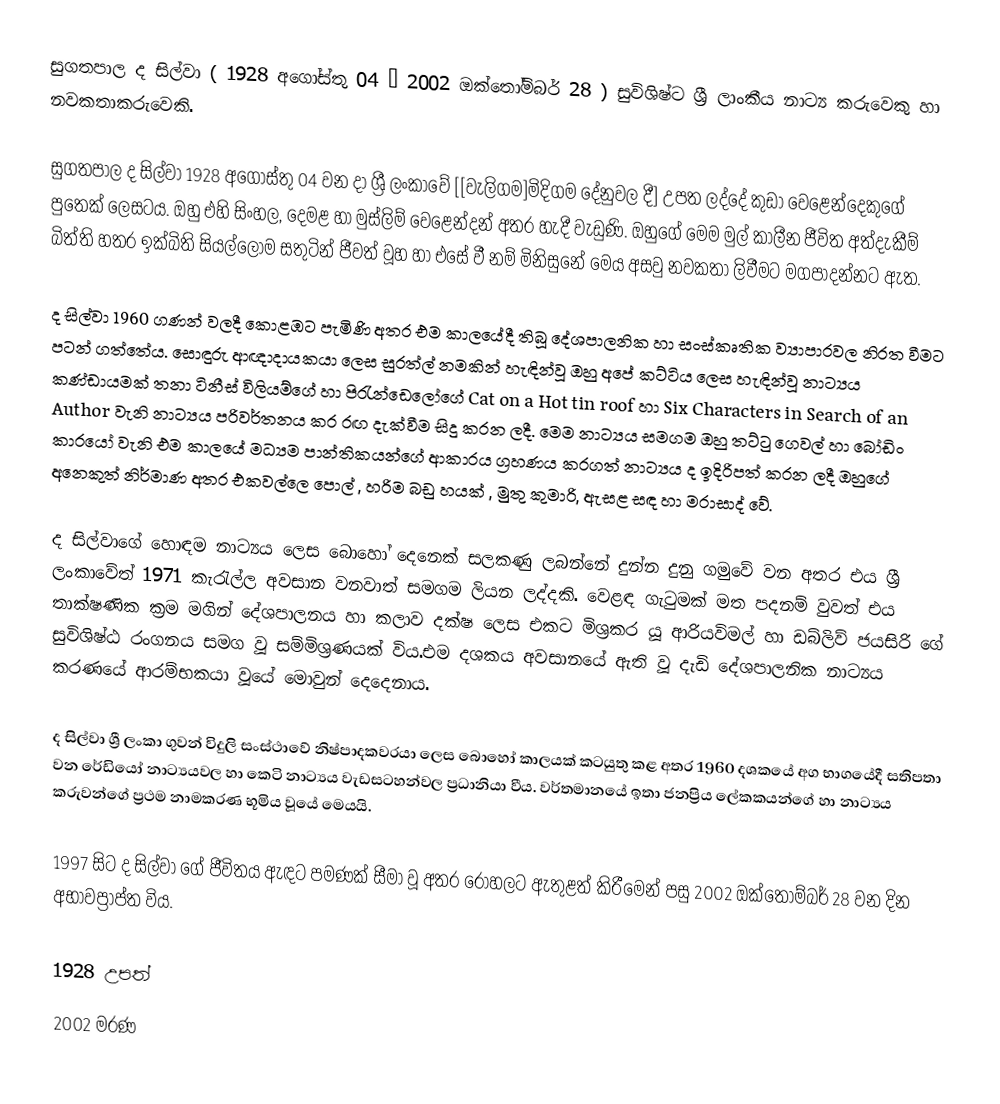
සුගතපාල ද සිල්වා ( 1928 අගෝස්තු 04 – 2002 ඔක්තෝම්බර් 28 ) සුවිශිෂ්ට ශ්‍රී ලාංකීය නාට්‍ය කරුවෙකු හා නවකතාකරුවෙකි.

සුගතපාල ද සිල්වා 1928 අගෝස්තු 04 වන දා ශ්‍රී ලංකාවේ [[වැලිගම]මිදිගම දේනුවල දී] උපත ලද්දේ කුඩා වෙළෙන්දෙකුගේ පුතෙක් ලෙසටය. ඔහු එහි සිංහල, දෙමළ හා මුස්ලිම් වෙළෙන්දන් අතර හැදී වැඩුණි. ඔහුගේ මෙම මුල් කාලීන ජීවිත අත්දැකීම් බිත්ති හතර  ඉක්බිති සියල්ලෝම සතුටින් ජීවත් වූහ හා  එසේ වී නම්  මිනිසුනේ මෙය අසවු නවකතා ලිවීමට මගපාද‍න්නට ඇත.

ද සිල්වා 1960 ගණන් වලදී කොළඹට පැමිණි අතර එම කාලයේදී තිබූ දේශපාලනික හා සංස්කෘතික ව්‍යාපාරවල නිරත වීමට පටන් ගත්තේය. සොඳුරු ආඥාදායකයා ලෙස සුරත්ල් නමකින් හැඳින්වූ ඔහු අපේ කට්ටිය ලෙස හැඳින්වූ නාට්‍යය කණ්ඩායමක් තනා ටිනීස් විලියම්ගේ හා පිරැන්ඩෙලෝගේ Cat on a Hot tin roof හා Six Characters in Search of an Author  වැනි නාට්‍යය පරිවර්තනය කර රඟ දැක්වීම සිදු කරන ලදී. මෙම නාට්‍යය සමගම ඔහු තට්ටු ගෙවල් හා බෝඩිං කාරයෝ වැනි එම කාලයේ මධ්‍යම පාන්තිකයන්ගේ ආකාරය ග්‍ර​හණය කරගත් නාට්‍යය ද ඉදිරිපත් කරන ලදී ඔහු‍ගේ අනෙකුත් නිර්මාණ අතර එකවල්ලෙ පොල් , හරිම බඩු හයක් , මුතු කුමාරි, ඇසළ සඳ හා මරාසාද් වේ.

ද සිල්වාගේ හොඳම නාට්‍යය ලෙස බොහෝ දෙනෙක් සලකණු ලබන්නේ දුන්න දුනු ගමුවේ වන අතර එය ශ්‍රී ලංකාවේත් 1971 කැරැල්ල අවසාන වනවාත් සමගම ලියන ලද්දකි. වෙළඳ ගැටුමක් මත පදනම් වුවත් එය   තාක්ෂණික ක්‍රම මගින් දේශපාලනය හා කලාව දක්ෂ ලෙස​ එකට මිශ්‍රකර යූ ආරියවිමල් හා ඩබ්ලිව් ජයසිරි  ගේ සුවිශිෂ්ඨ රංගනය සමග වූ සම්මිශ්‍රණයක් විය.එම දශකය අවසානයේ ඇති වූ දැඩි දේශපාලනික නාට්‍යය කරණයේ ආරම්භකයා වූයේ මොවුන් දෙදෙනාය.

ද සිල්වා ශ්‍රී ලංකා ගුවන් විදුලි සංස්ථාවේ නිෂ්පාදකවරයා ලෙස බොහෝ කාලයක් කටයුතු කළ අතර 1960 දශකයේ අග භාගයේදී සතිපතා වන රේඩියෝ නාට්‍යයවල හා කෙටි නාට්‍යය වැඩසටහන්වල ප්‍රධානියා වීය. වර්තමානයේ ඉතා ජනප්‍රිය ලේකකයන්ගේ හා නාට්‍යය කරුවන්ගේ ප්‍රථම නාමකරණ භූමිය වූයේ මෙයයි.

1997 සිට ද සිල්වා ගේ ජීවිතය ඇඳට පමණක් සීමා වූ අතර රෝහලට ඇතුළත් කිරීමෙන් පසු 2002 ඔක්තෝම්බර් 28 වන දින අභාවප්‍රාප්ත විය.

 1928 උපත්
2002 මරණ